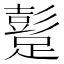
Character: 𨅘